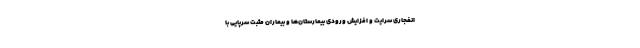
انفجاری سرایت و افزایش ورودی بیمارستان‌ها و بیماران مثبت سرپایی با